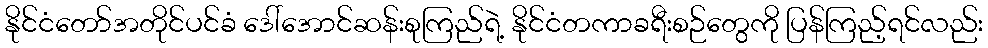
နိုင်ငံတော်အတိုင်ပင်ခံ ဒေါ်အောင်ဆန်းစုကြည်ရဲ့ နိုင်ငံတကာခရီးစဉ်တွေကို ပြန်ကြည့်ရင်လည်း